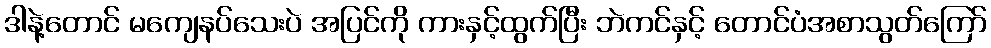
ဒါနဲ့တောင် မကျေနပ်သေးပဲ အပြင်ကို ကားနှင့်ထွက်ပြီး ဘဲကင်နှင့် တောင်ပံအစာသွတ်ကြော်